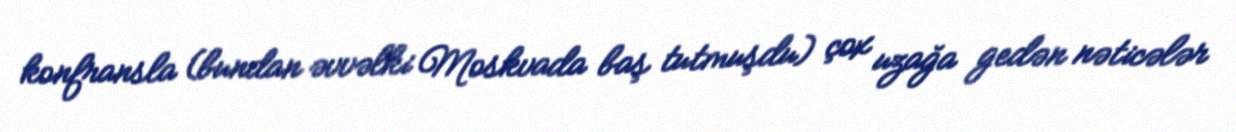
konfransla (bundan əvvəlki Moskvada baş tutmuşdu) çox uzağa gedən nəticələr